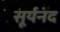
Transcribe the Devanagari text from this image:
सूर्यनंद